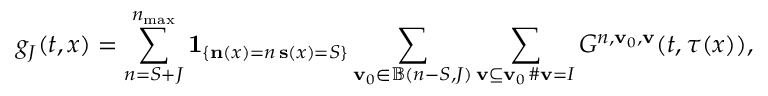
g _ { J } ( t , x ) = \sum _ { n = S + J } ^ { n _ { \operatorname* { m a x } } } \mathbf { 1 } _ { \left\{ \substack { \mathbf { n } ( x ) = n \, \mathbf { s } ( x ) = S } \right\} } \sum _ { \mathbf { v } _ { 0 } \in \mathbb { B } ( n - S , J ) } \sum _ { \substack { \mathbf { v } \subseteq \mathbf { v } _ { 0 } \, \# \mathbf { v } = I } } G ^ { n , \mathbf { v } _ { 0 } , \mathbf { v } } ( t , \tau ( x ) ) ,